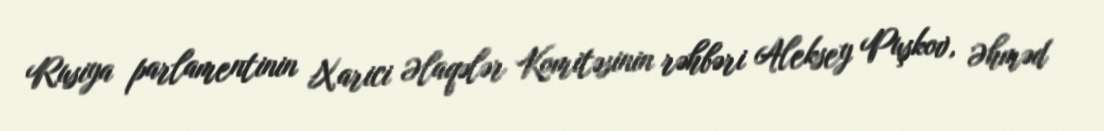
Rusiya parlamentinin Xarici Əlaqələr Komitəsinin rəhbəri Aleksey Puşkov, Əhməd